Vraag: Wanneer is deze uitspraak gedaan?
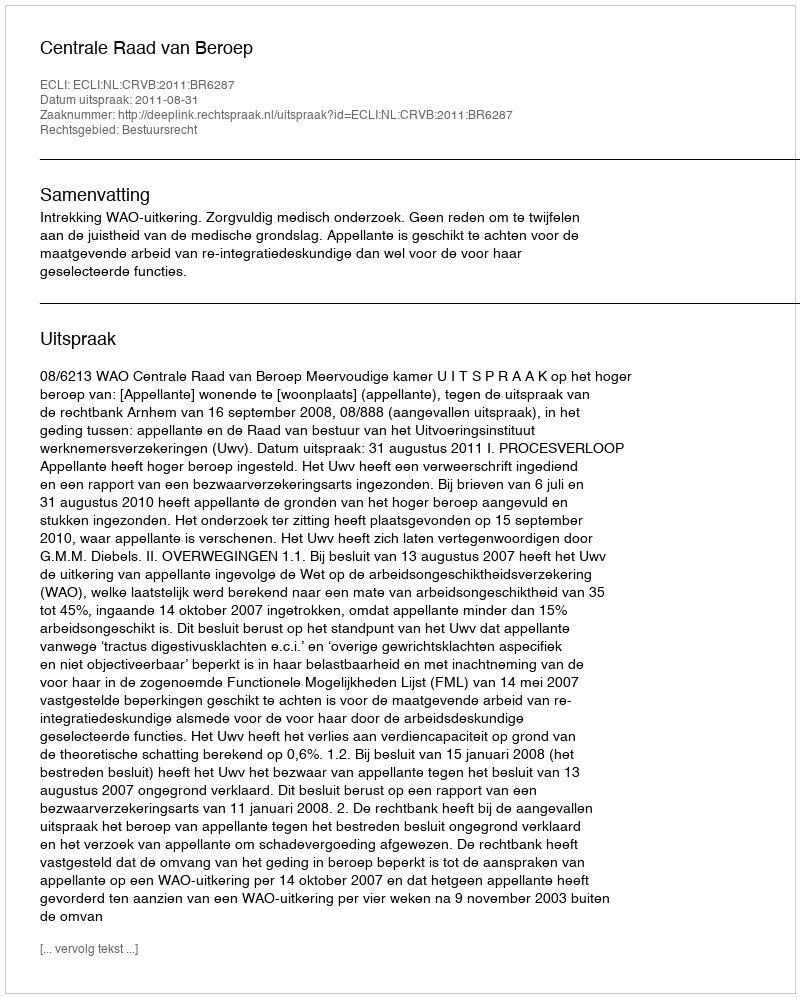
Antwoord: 2011-08-31